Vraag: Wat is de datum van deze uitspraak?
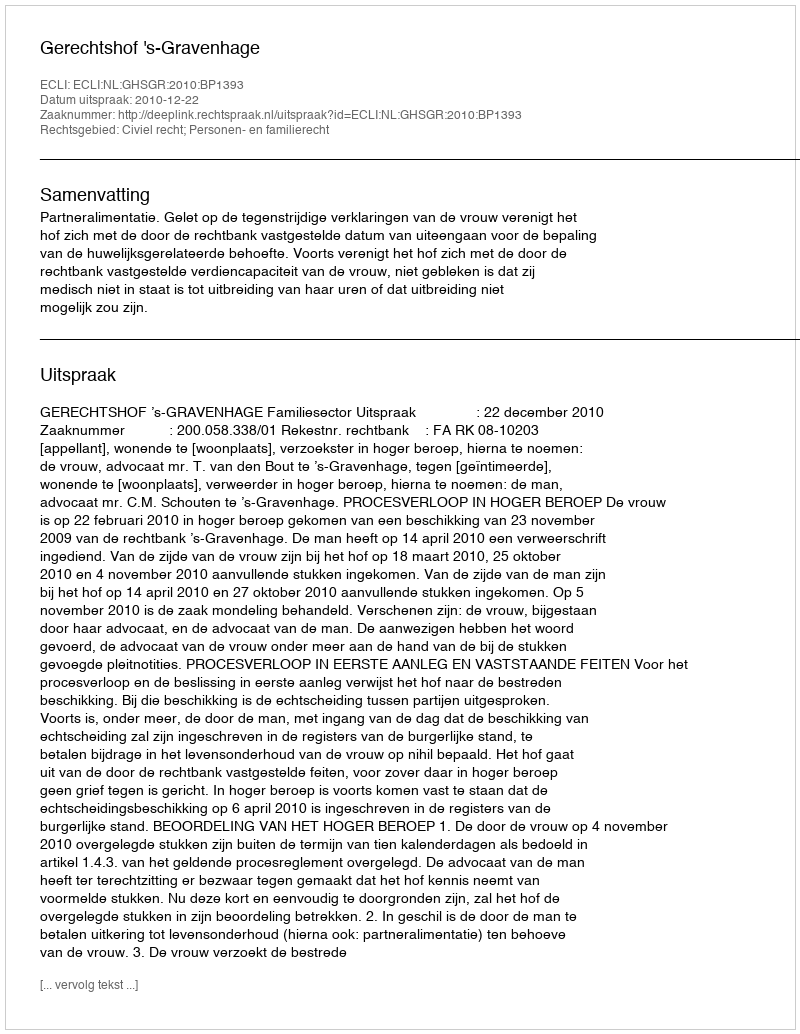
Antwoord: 2010-12-22